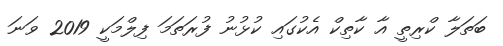
ބަތަލާ ކްރިތީ އާ ކާތިކް އެކުގައި ކުޅުނު ފުރަތަމަ ފިލްމަކީ 2019 ވަނަ